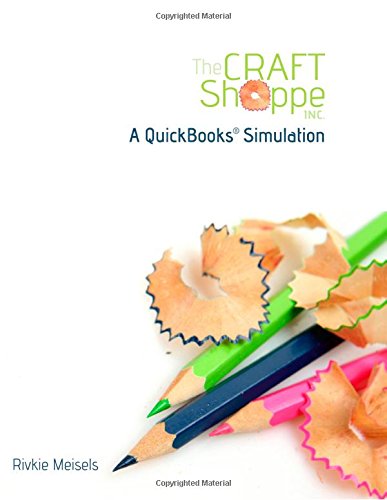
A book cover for The Craft Shoppe- A QuickBooks Simulation; Rivkie Meisels; Computers & Technology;